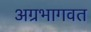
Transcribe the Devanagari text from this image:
अग्रभागवत